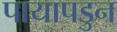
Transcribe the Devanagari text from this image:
पायापडुन